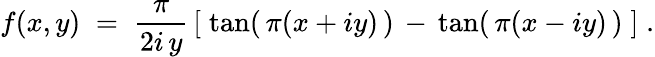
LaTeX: f(x,y)\; =\; \frac{\pi}{2i\, y}\, \left[\; \tan(\, \pi(x+iy)\, )\, -\, \tan(\, \pi(x-iy)\, )\; \right]\; .